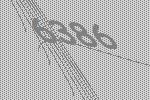
6386